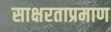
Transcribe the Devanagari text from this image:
साक्षरताप्रमाण